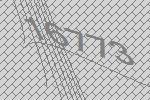
16773